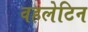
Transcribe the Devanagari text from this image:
वहलेटिन